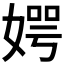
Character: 𪦊